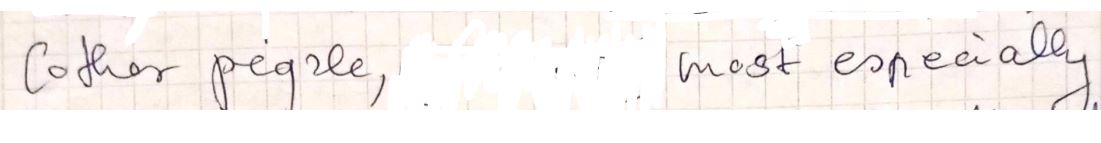
(other people, most especially.